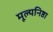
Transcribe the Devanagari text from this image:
मूल्यनिष्ठा